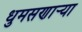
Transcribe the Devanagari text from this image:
धुमसणार्‍या